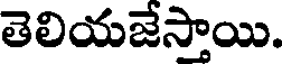
తెలియజేస్తాయి.